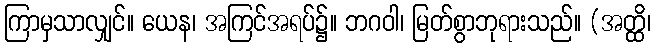
ကြာမှသာလျှင်။ ယေန၊ အကြင်အရပ်၌။ ဘဂဝါ၊ မြတ်စွာဘုရားသည်။ (အတ္ထိ၊